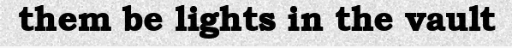
them be lights in the vault